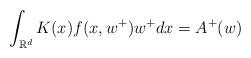
LaTeX: \begin{align*}\int_{\mathbb{R}^d}K(x)f(x,w^+)w^+ dx& =A^+(w)\end{align*}